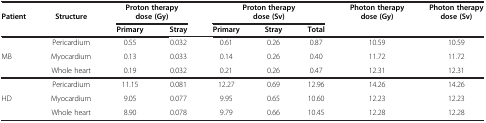
| Patient | Structure | <COLSPAN=2> Proton therapy dose (Gy) | <COLSPAN=3> Proton therapy dose (Sv) | Photon therapy dose (Gy) | Photon therapy dose (Sv) |
 |  |  | Primary | Stray | Primary | Stray | Total |  |  |
 | --- | --- | --- | --- | --- | --- | --- | --- | --- |
 |  | Pericardium | 0.55 | 0.032 | 0.61 | 0.26 | 0.87 | 10.59 | 10.59 |
 | MB | Myocardium | 0.13 | 0.033 | 0.14 | 0.26 | 0.40 | 11.72 | 11.72 |
 |  | Whole heart | 0.19 | 0.032 | 0.21 | 0.26 | 0.47 | 12.31 | 12.31 |
 |  | Pericardium | 11.15 | 0.081 | 12.27 | 0.69 | 12.96 | 14.26 | 14.26 |
 | HD | Myocardium | 9.05 | 0.077 | 9.95 | 0.65 | 10.60 | 12.23 | 12.23 |
 |  | Whole heart | 8.90 | 0.078 | 9.79 | 0.66 | 10.45 | 12.28 | 12.28 |